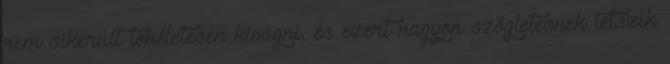
nem sikerült tökéletesen kivágni, és ezért nagyon szögletesnek tetszik